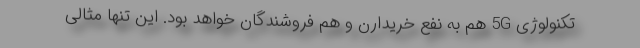
تکنولوژی 5G هم به نفع خریدارن و هم فروشندگان خواهد بود. این تنها مثالی